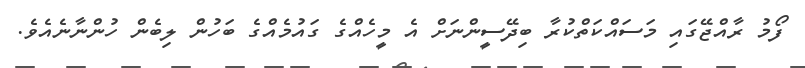
ފޯމު ރާއްޖޭގައި މަސައްކަތްކުރާ ބިދޭސީންނަށް އެ މީހެއްގެ ގައުމެއްގެ ބަހުން ލިބެން ހުންނާނެއެވެ.